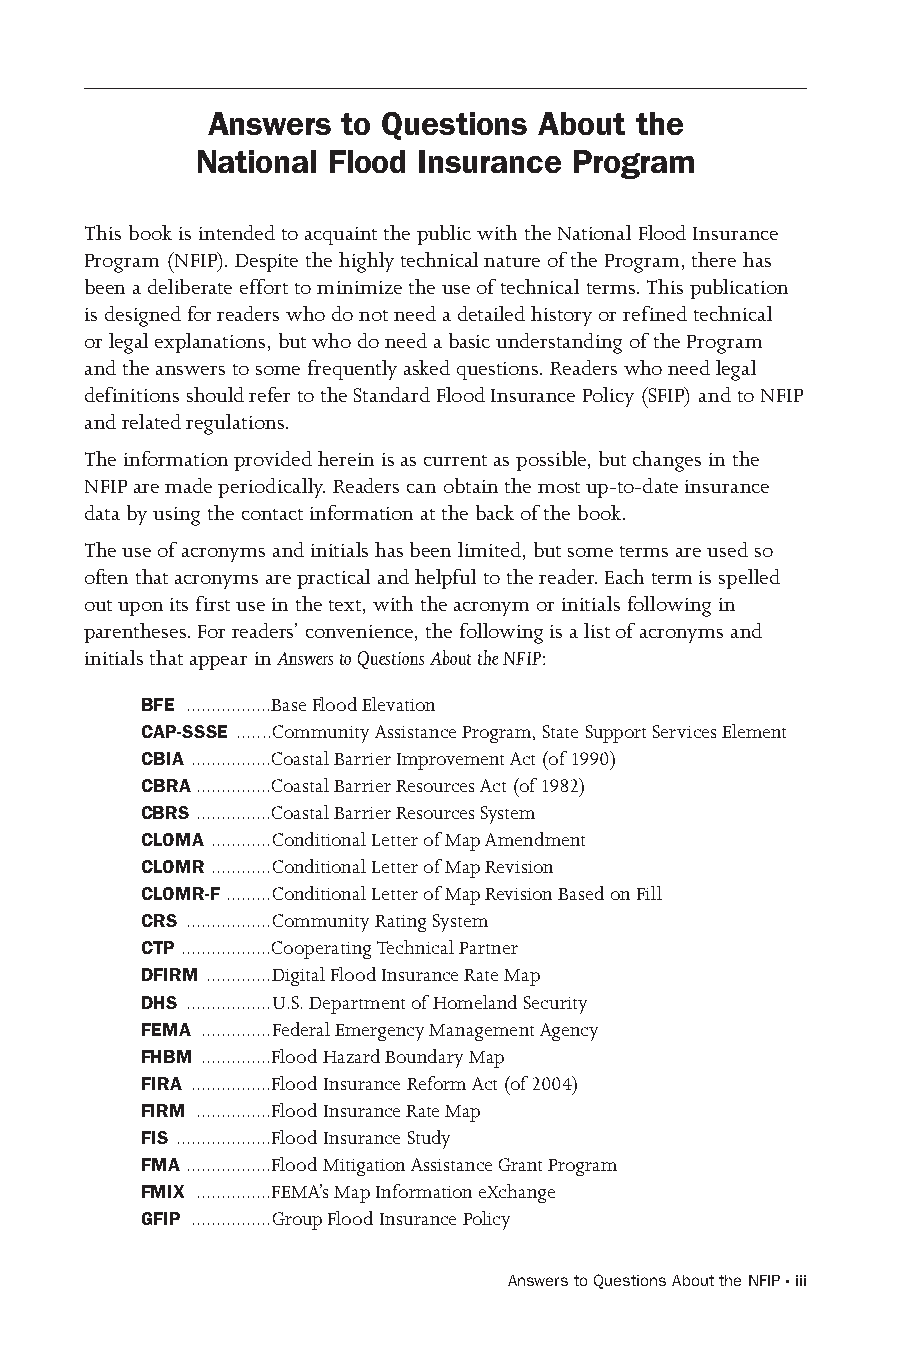
Answers  to Questions About the
 National Flood Insurance Program
 This book is intended to acquaint the public with the National Flood Insurance
 Program (NFIP). Despite the highly technical nature of the Program, there has
 been a deliberate effort to minimize the use of technical terms. This publication
 is designed for readers who do not need a detailed history or refined technical
 or legal explanations, but who do need a basic understanding of the Program
 and the answers to some frequently asked questions. Readers who need legal
 definitions should refer to the Standard Flood Insurance Policy (SFIP) and to NFIP
 and related regulations.
 The information provided herein is as current as possible, but changes in the
 NFIP are made periodically. Readers can obtain the most up-to-date insurance
 data by using the contact information at the back of the book.
 The use of acronyms and initials has been limited, but some terms are used so
 often that acronyms are practical and helpful to the reader. Each term is spelled
 out upon its first use in the text, with the acronym or initials following in
 parentheses. For readers’ convenience, the following is a list of acronyms and
 initials that appear in Answers to Questions About the NFIP:
 BFE .................Base Flood Elevation
 CAP-SSSE ....... Community Assistance Program, State Support Services Element
 CBIA ................Coastal Barrier Improvement Act (of 1990)
 CBRA ...............Coastal Barrier Resources Act (of 1982)
 CBRS ...............Coastal Barrier Resources System
 CLOMA ............Conditional Letter of Map Amendment
 CLOMR ............Conditional Letter of Map Revision
 CLOMR-F .........Conditional Letter of Map Revision Based on Fill
 CRS .................Community Rating System
 CTP ..................Cooperating Technical Partner
 DFIRM .............Digital Flood Insurance Rate Map
 DHS .................U.S. Department of Homeland Security
 FEMA ..............Federal Emergency Management Agency
 FHBM ..............Flood Hazard Boundary Map
 FIRA ................Flood Insurance Reform Act (of 2004)
 FIRM ...............Flood Insurance Rate Map
 FIS ...................Flood Insurance Study
 FMA .................Flood Mitigation Assistance Grant Program
 FMIX ...............FEMA’s Map Information eXchange
 GFIP ................Group Flood Insurance Policy
 Answers to Questions About the NFIP · iii